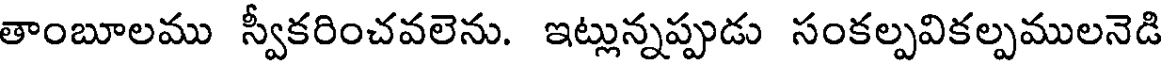
తాంబూలము స్వీకరించవలెను. ఇట్లున్నప్పుడు సంకల్పవికల్పములనెడి